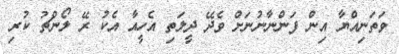
ވަތަނިއްޔާ އިން ފަންނާނުނަށް ވެދޭ ދީލަތި އެހީއާ އެކު ރޭ ލޯންޗު ކުރި